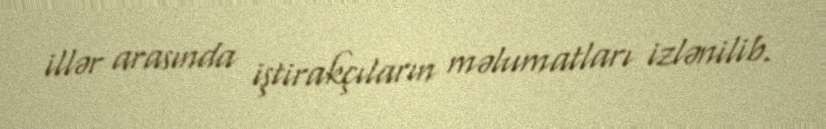
illər arasında iştirakçıların məlumatları izlənilib.